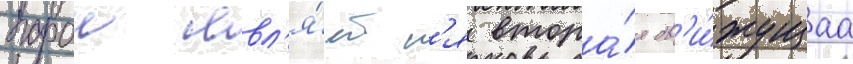
парои явл'я́етс'я втора́я дв'и́жущаа